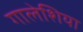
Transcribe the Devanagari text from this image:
गालेशिया